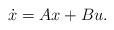
LaTeX: \begin{align*}\dot{x}=Ax+Bu. \end{align*}